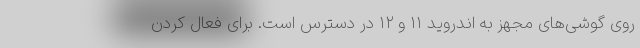
روی گوشی‌های مجهز به اندروید ۱۱ و ۱۲ در دسترس است. برای فعال کردن